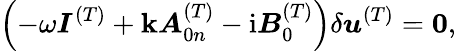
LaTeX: \left(-\omega\boldsymbol{I}^{(T)}+\mathbf{k}\boldsymbol{\mathit{A}}_{0n}^{(T)}-{\mathrm{{i}}}\boldsymbol{B}_{0}^{(T)}\right)\delta\boldsymbol{u}^{(T)}={\mathbf{{0}}},